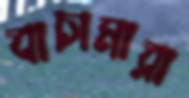
বাচামারা